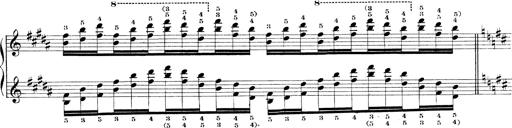
Title: Technische Studien
Composer: Franz Liszt